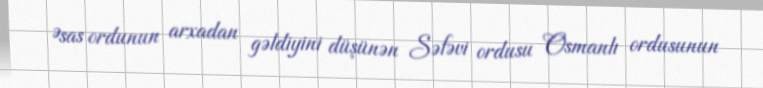
Əsas ordunun arxadan gəldiyini düşünən Səfəvi ordusu Osmanlı ordusunun